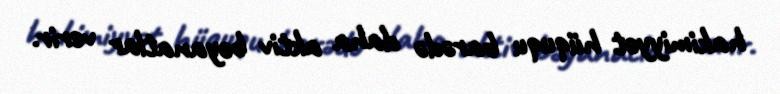
hakimiyyət hüququ barədə daha aktiv bəyanatlar verir.